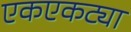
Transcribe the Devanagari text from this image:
एकएकट्या